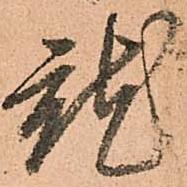
就